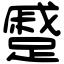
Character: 蹙